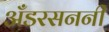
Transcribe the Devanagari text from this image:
अँडरसननी